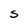
Character: S